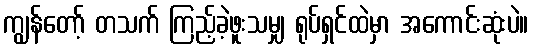
ကျွန်တော့် တသက် ကြည့်ခဲ့ဖူးသမျှ ရုပ်ရှင်ထဲမှာ အကောင်းဆုံးပဲ။